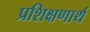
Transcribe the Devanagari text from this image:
प्रशिक्षणार्थ